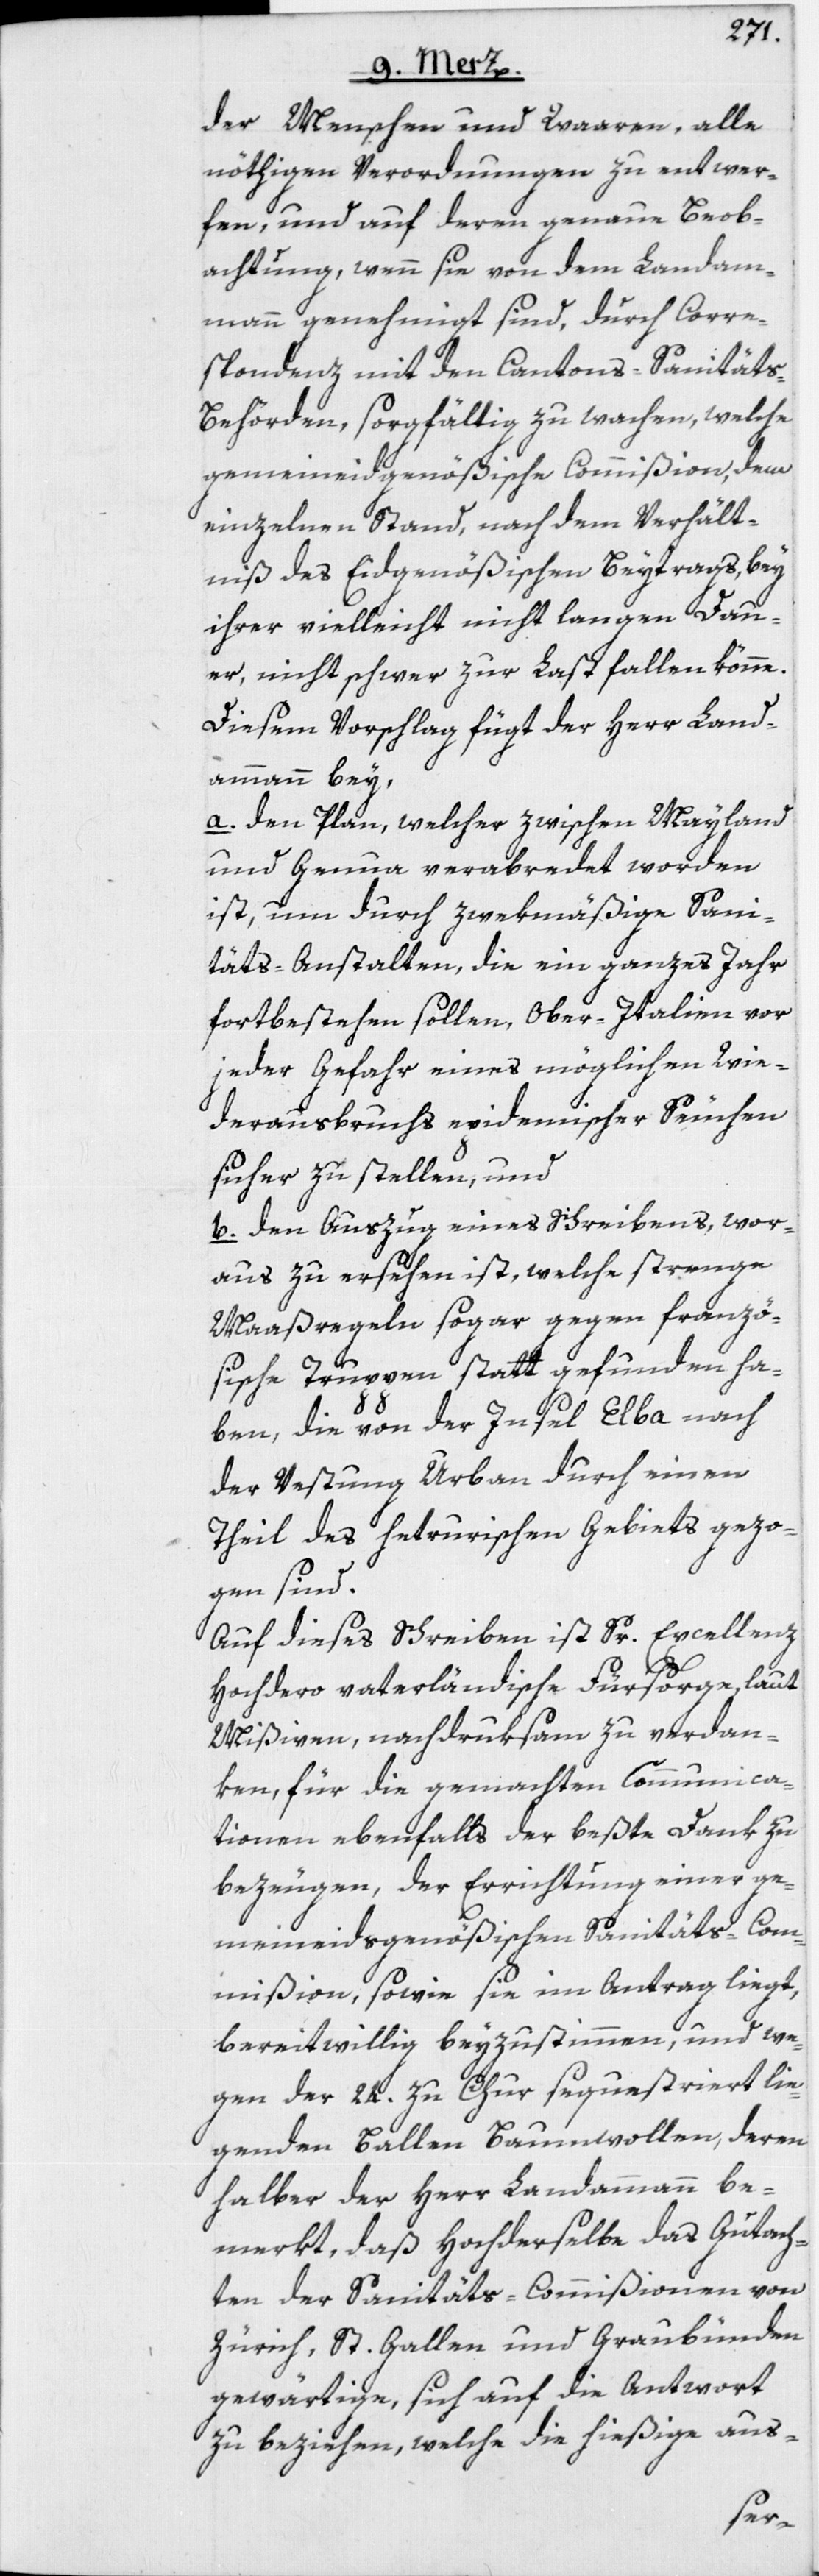
der Menschen und Waaren, alle
nöthigen Verordnungen zu entwer¬
fen, und auf deren genaue Beob¬
achtung, wenn sie von dem Landam¬
mann genehmigt sind, durch Corre¬
spondenz mit den Cantons-Sanität¬
s-Behörden, sorgfältig zu wachen, welche
gemeineidgenößische Commißion, dem
einzelnen Stand, nach dem Verhält¬
niß des Eidgenößischen Beytrags, bey
ihrer vielleicht nicht langen Dau¬
er, nicht schwer zur Last fallen könne.
Diesem Vorschlag fügt der Herr Land¬
ammann bey,
a. den Plan, welcher zwischen Mayland
und Genua verabredet worden
ist, um durch zwekmäßige Sani¬
täts-Anstalten, die ein ganzes Jahr
fortbestehen sollen, Ober-Italien vor
jeder Gefahr eines möglichen Wie¬
derausbruchs epidemischer Seuchen
sicher zu stellen, und
b. den Auszug eines Schreibens, wor¬
aus zu ersehen ist, welche strenge
Maaßregeln sogar gegen franzö¬
sische Truppen statt gefunden ha¬
ben, die von der Insel Elba nach
der Vestung Urban durch einen
Theil des hetrurischen Gebiets gezo¬
gen sind.
Auf dieses Schreiben ist Sr. Excellenz
Hochdero vaterländische Fürsorge, laut
Mißiven, nachdruksam zu verdan¬
ken, für die gemachten Communica¬
tionen ebenfalls der beßte Dank zu
bezeugen, der Errichtung einer ge¬
meineidsgenößischen Sanitäts-Com¬
mißion, sowie sie im Antrag liegt,
bereitwillig beyzustimmen, und we¬
gen der 24. zu Chur sequestiert lie¬
genden Ballen Baumwollen, deren
halber der Herr Landammann be¬
merkt, daß Hochderselbe das Gutach¬
ten der Sanitäts-Commißionen von
Zürich, St. Gallen und Graubünden
gewärtige, sich auf die Antwort
zu beziehen, welche die hießige aus-